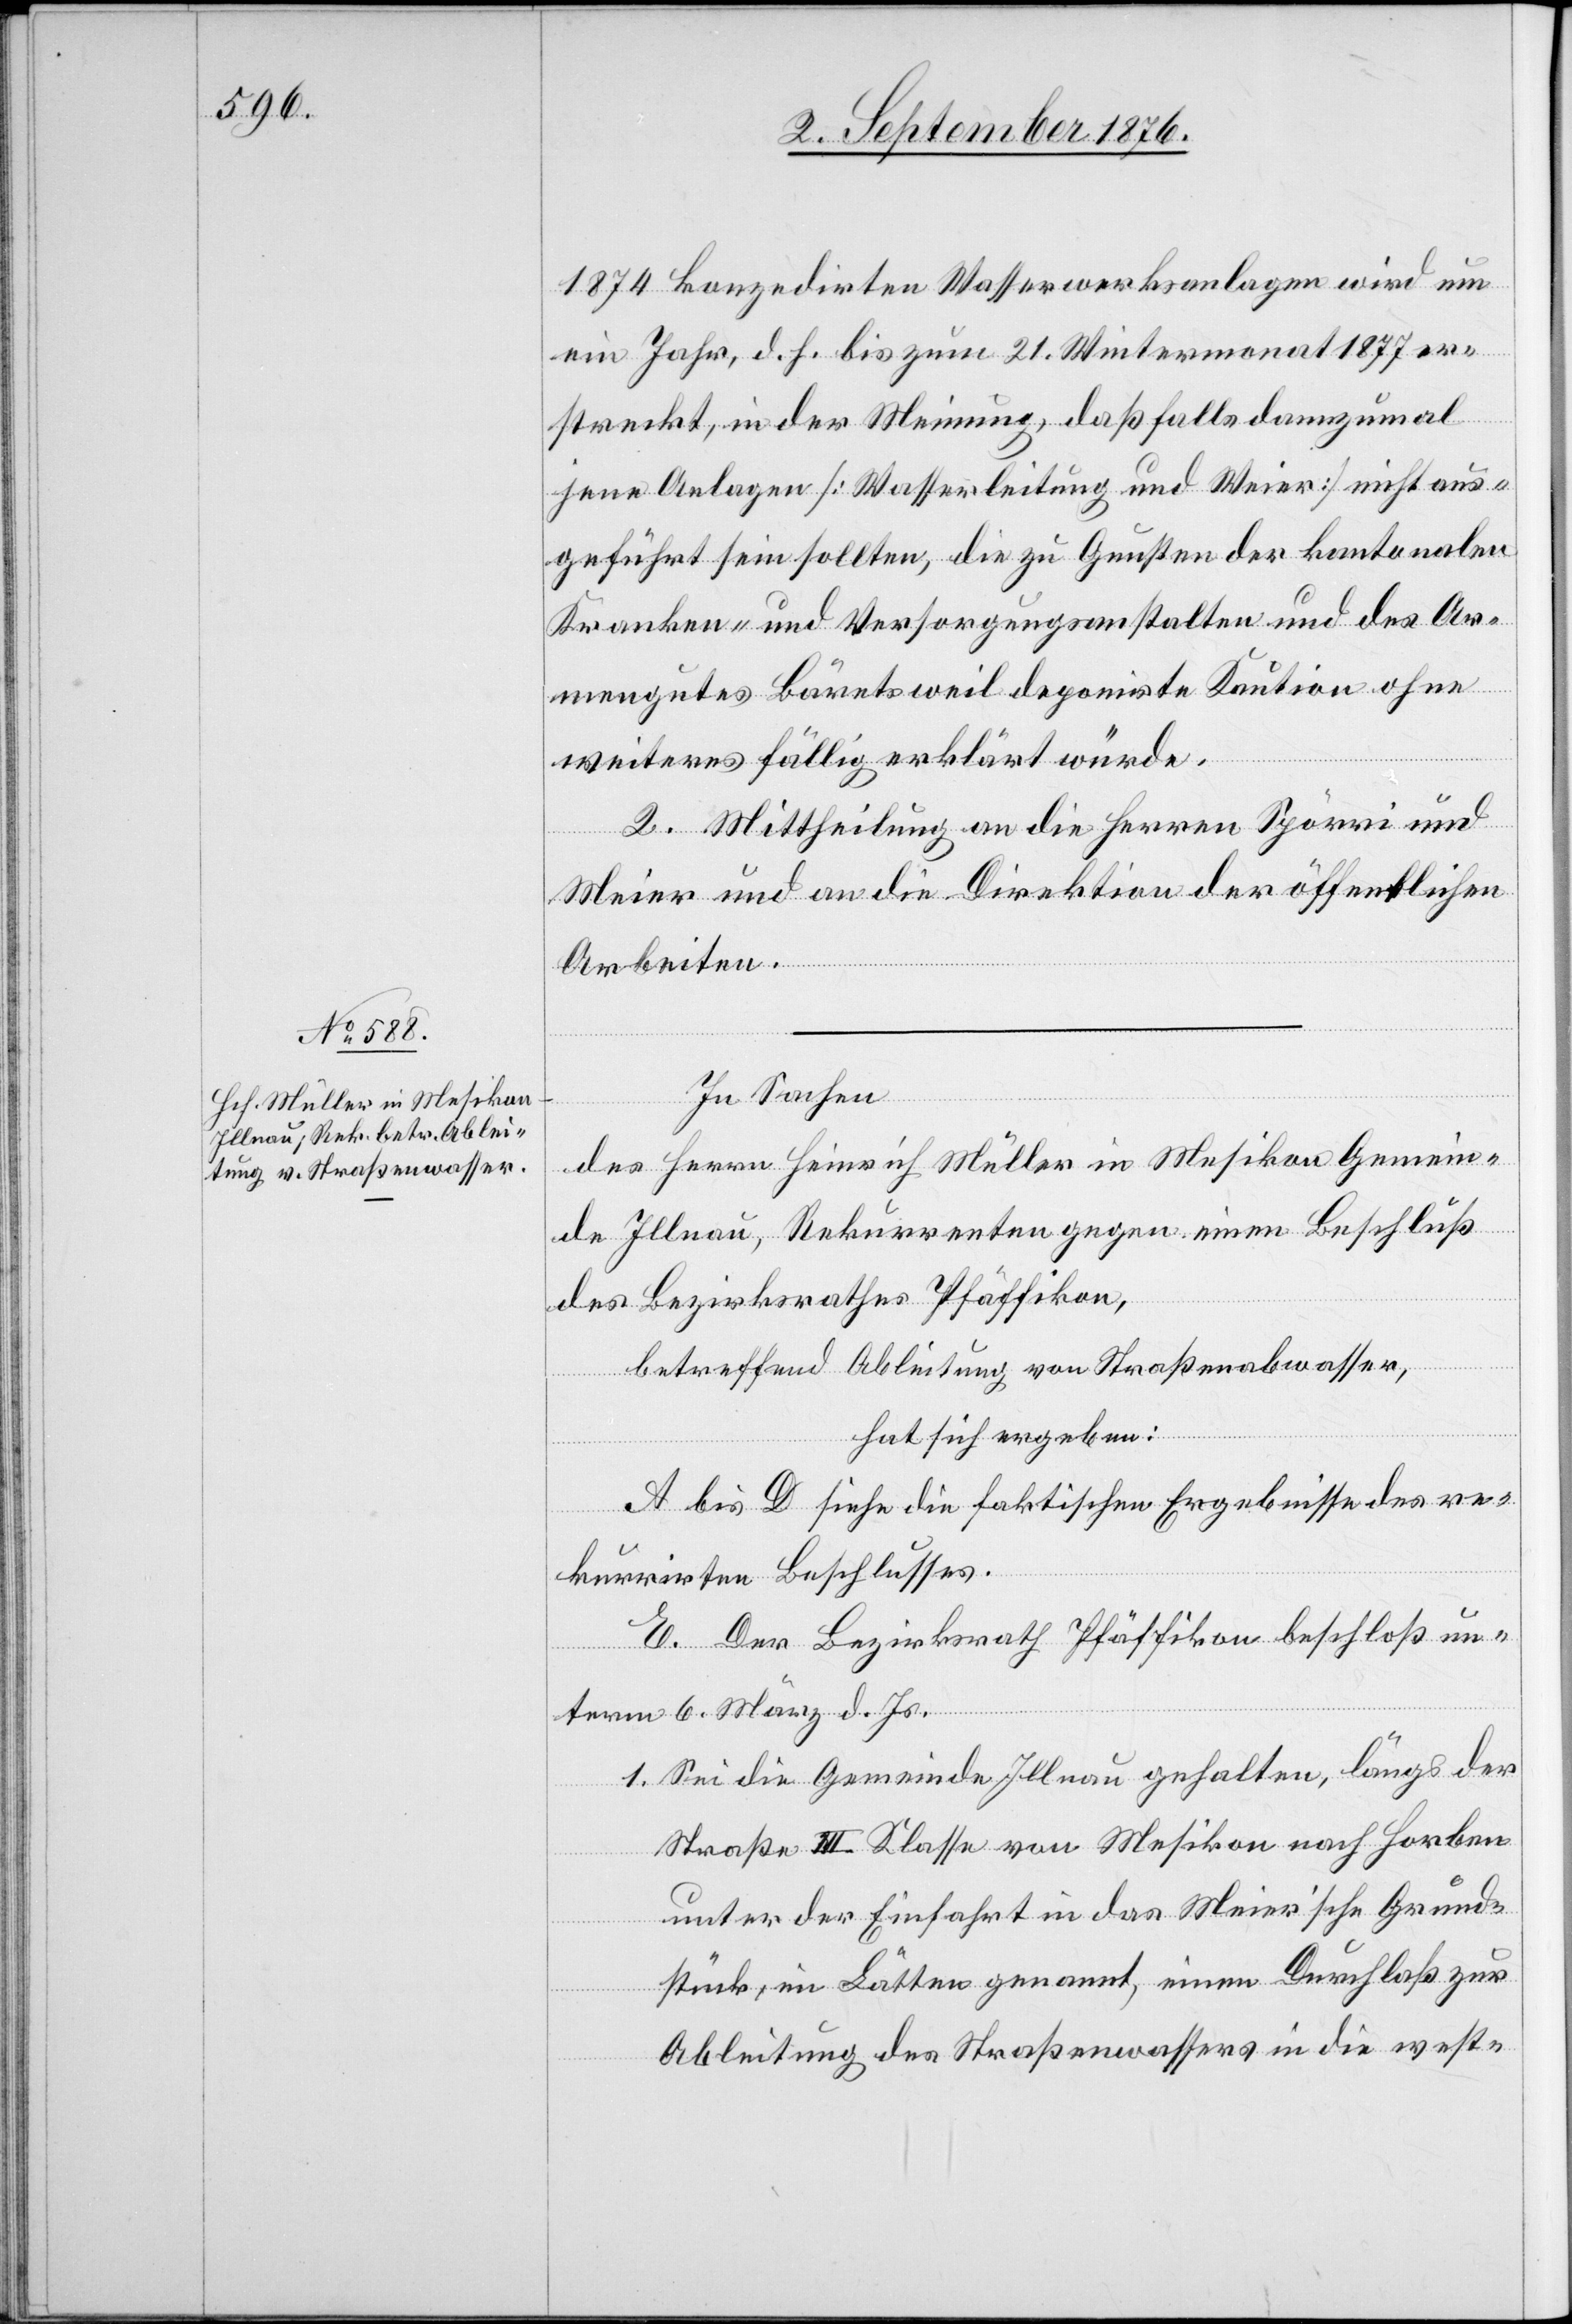
1874 konzedirten Wasserwerksanlagen wird um
ein Jahr, d. h. bis zum 21. Wintermonat 1877 er¬
streckt, in der Meinung, daß falls dannzumal
jene Anlagen [Wasserleitung und Weier] nicht aus¬
geführt sein sollten, die zu Gunsten der kantonalen
Kranken- und Versorgungsanstalten und des Ar¬
mengutes Bäretsweil deponierte Kaution ohne
weiteres fällig erklärt würde.
2. Mittheilung an die Herren Spörri und
Meier und an die Direktion der öffentlichen
Arbeiten.
In Sachen
des Herrn Hinweil Müller in Mesikon Gemein¬
de Illnau, Rekurrenten gegen einen Beschluß
des Bezirksrathes Pfäffikon,
betreffend Ableitung von Straßenwasser,
hat sich ergeben:
A bis D siehe die faktischen Ergebnisse des re¬
kurrirten Beschlusses.
E. Der Bezirksrath Pfäffikon beschloß un¬
term 6. März d. Js.
1. Sei die Gemeinde Illnau gehalten, längs der
Straße III. Klasse von Mesikon nach Horben
unter der Einfahrt in das Meier’sche Grund¬
stück, im Lätten genannt, einen Durchlaß zur
Ableitung des Straßenwassers in die west-